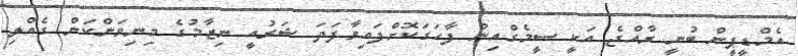
އެމްޑީޕީން ބުނީ ރާއްޖެ އަކީ ސީމެގްއިން ފާހަގަކޮށްފައިވާފަދަ ޝަރުއީ ނިޒާމުގެ މިނިވަންކަން ގެއްލި